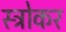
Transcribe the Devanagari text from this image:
स्ट्रोकर